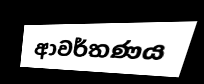
ආවර්තණය